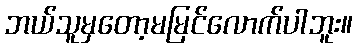
ဘယ်သူမှတော့မမြင်လောက်ပါဘူး။